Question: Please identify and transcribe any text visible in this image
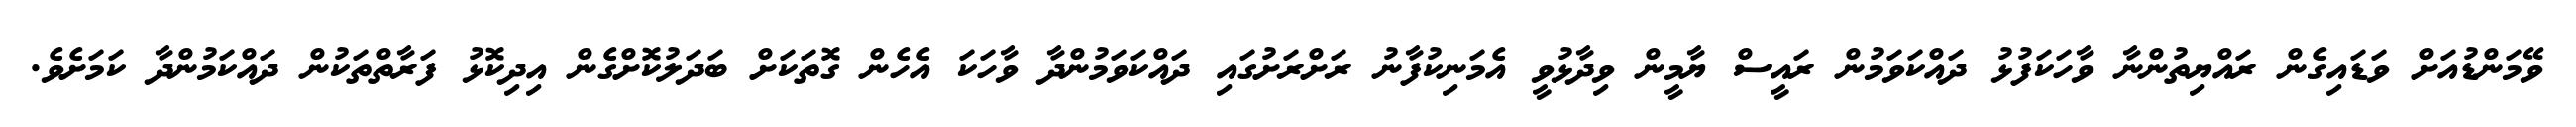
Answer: ވޭމަންޑުއަށް ވަޑައިގެން ރައްޔިތުންނާ ވާހަކަފުޅު ދައްކަވަމުން ރައީސް ޔާމީން ވިދާޅުވީ އެމަނިކުފާނު ރަށްރަށުގައި ދައްކަވަމުންދާ ވާހަކަ އެހެން ގޮތަކަށް ބަދަލުކޮށްގެން އިދިކޮޅު ފަރާތްތަކުން ދައްކަމުންދާ ކަމަށެވެ.